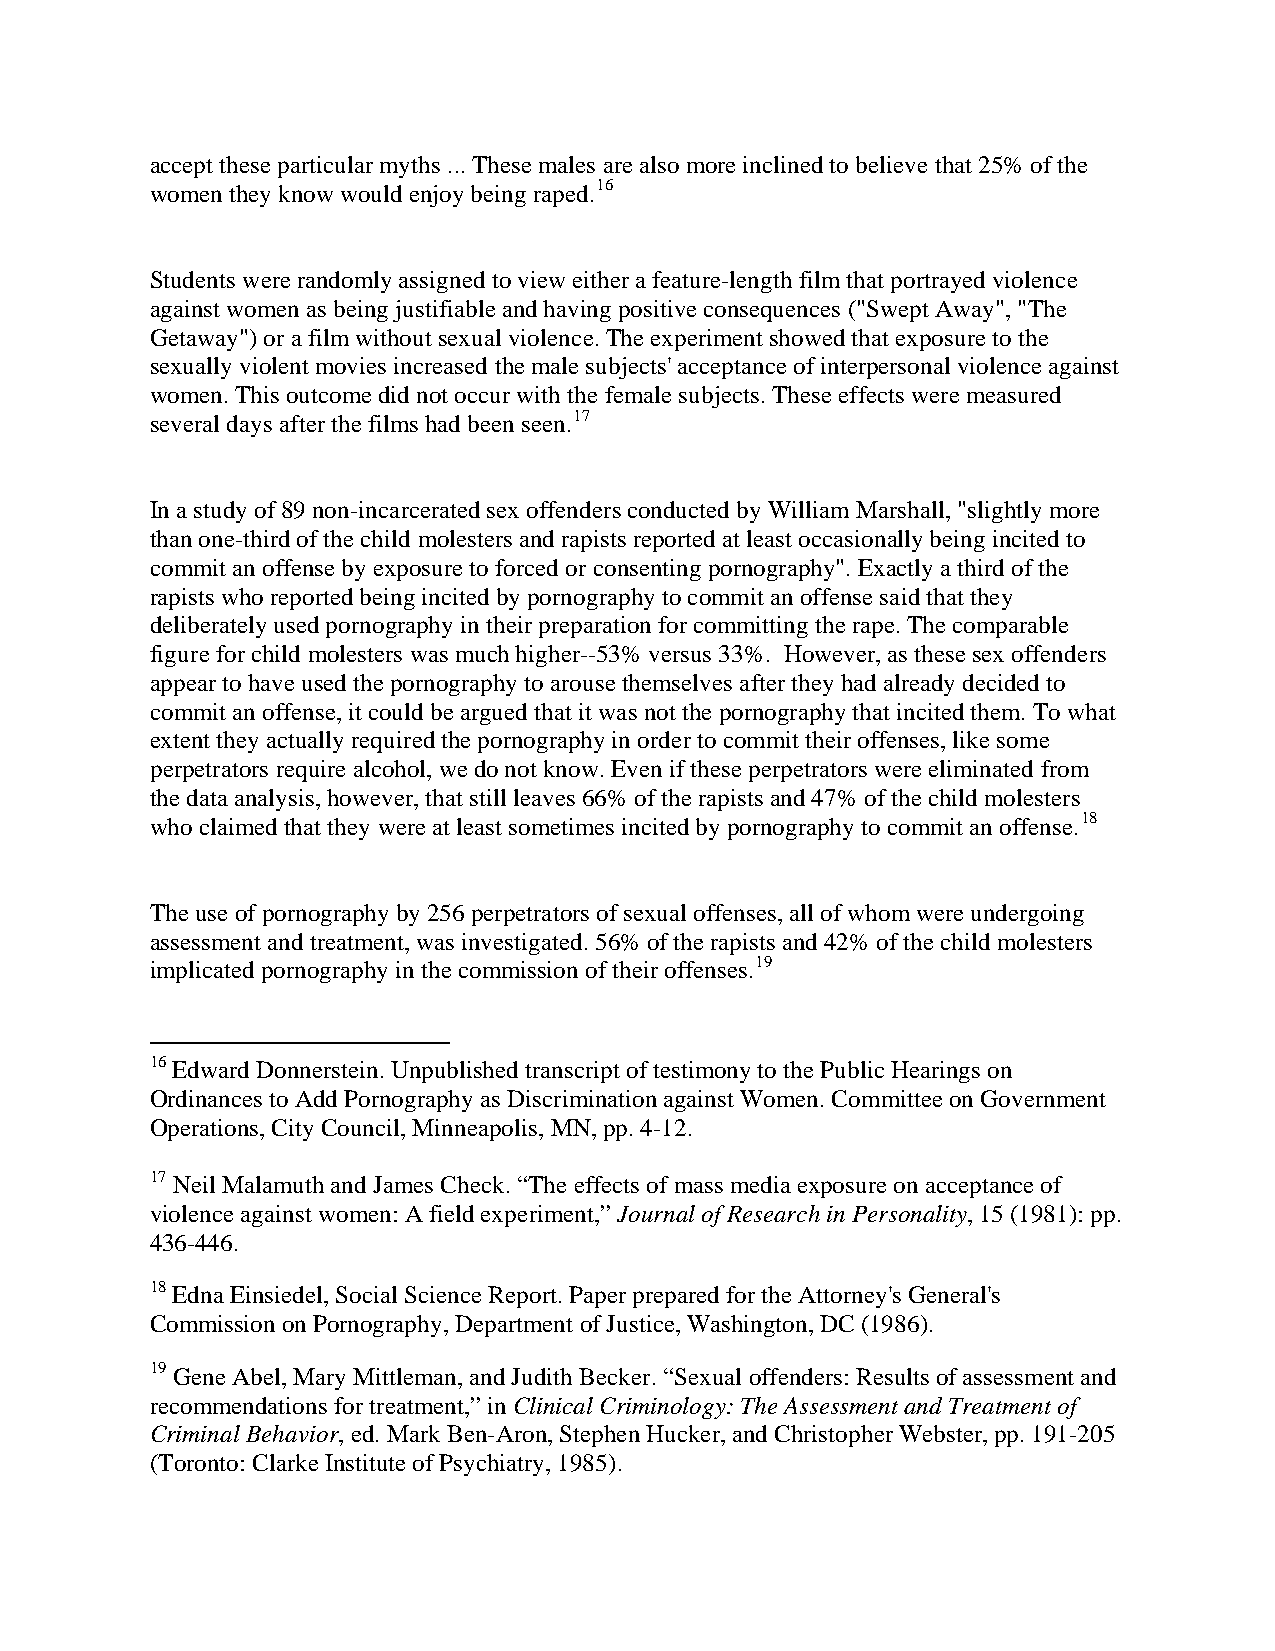
accept these particular myths ... These males are also more inclined to believe that 25% of the
 women they know would enjoy being raped.16
 Students were randomly assigned to view either a feature-length film that portrayed violence
 against women as being justifiable and having positive consequences ("Swept Away", "The
 Getaway") or a film without sexual violence. The experiment showed that exposure to the
 sexually violent movies increased the male subjects' acceptance of interpersonal violence against
 women. This outcome did not occur with the female subjects. These effects were measured
 several days after the films had been seen.17
 In a study of 89 non-incarcerated sex offenders conducted by William Marshall, "slightly more
 than one-third of the child molesters and rapists reported at least occasionally being incited to
 commit an offense by exposure to forced or consenting pornography". Exactly a third of the
 rapists who reported being incited by pornography to commit an offense said that they
 deliberately used pornography in their preparation for committing the rape. The comparable
 figure for child molesters was much higher--53% versus 33%. However, as these sex offenders
 appear to have used the pornography to arouse themselves after they had already decided to
 commit an offense, it could be argued that it was not the pornography that incited them. To what
 extent they actually required the pornography in order to commit their offenses, like some
 perpetrators require alcohol, we do not know. Even if these perpetrators were eliminated from
 the data analysis, however, that still leaves 66% of the rapists and 47% of the child molesters
 who claimed that they were at least sometimes incited by pornography to commit an offense.18
 The use of pornography by 256 perpetrators of sexual offenses, all of whom were undergoing
 assessment and treatment, was investigated. 56% of the rapists and 42% of the child molesters
 implicated pornography in the commission of their offenses.19
 16 Edward Donnerstein. Unpublished transcript of testimony to the Public Hearings on
 Ordinances to Add Pornography as Discrimination against Women. Committee on Government
 Operations, City Council, Minneapolis, MN, pp. 4-12.
 17 Neil Malamuth and James Check. “The effects of mass media exposure on acceptance of
 violence against women: A field experiment,” Journal of Research in Personality, 15 (1981): pp.
 436-446.
 18 Edna Einsiedel, Social Science Report. Paper prepared for the Attorney's General's
 Commission on Pornography, Department of Justice, Washington, DC (1986).
 19 Gene Abel, Mary Mittleman, and Judith Becker. “Sexual offenders: Results of assessment and
 recommendations for treatment,” in Clinical Criminology: The Assessment and Treatment of
 Criminal Behavior, ed. Mark Ben-Aron, Stephen Hucker, and Christopher Webster, pp. 191-205
 (Toronto: Clarke Institute of Psychiatry, 1985).